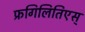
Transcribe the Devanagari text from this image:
फ्रगिलितिएस्